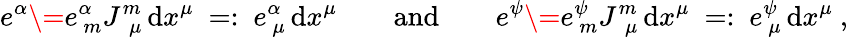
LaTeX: e^{\alpha}\= e_{\ m}^{\alpha}J_{\ \ \mu}^{m}\, \mathrm{d}x^{\mu}\ =:\ e_{\ \mu}^{\alpha}\, \mathrm{d}x^{\mu}\quad\quad\textrm{and}\quad\quad e^{\psi}\= e_{\ m}^{\psi}J_{\ \ \mu}^{m}\, \mathrm{d}x^{\mu}\ =:\ e_{\ \mu}^{\psi}\, \mathrm{d}x^{\mu}\ ,